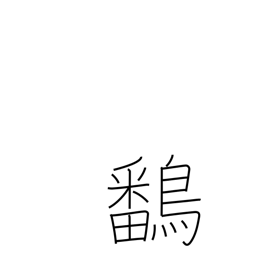
Meaning: gallinulle